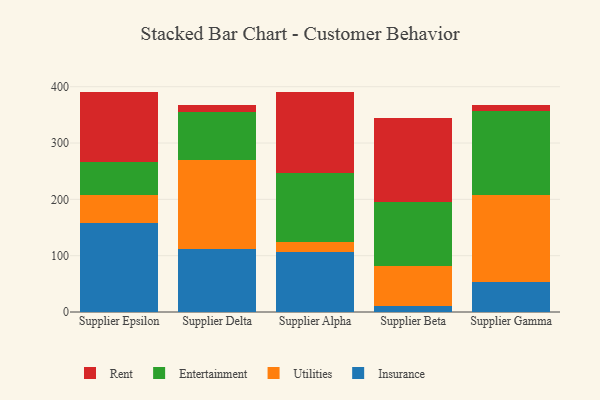
{"axis": {"x": "Supplier", "y": "Revenue (USD Million)"}, "legend": ["Entertainment", "Insurance", "Rent", "Utilities"], "data": [{"x": "Supplier Epsilon", "y": 158.0, "type": "Insurance"}, {"x": "Supplier Epsilon", "y": 49.2, "type": "Utilities"}, {"x": "Supplier Epsilon", "y": 59.5, "type": "Entertainment"}, {"x": "Supplier Epsilon", "y": 123.5, "type": "Rent"}, {"x": "Supplier Delta", "y": 112.3, "type": "Insurance"}, {"x": "Supplier Delta", "y": 157.8, "type": "Utilities"}, {"x": "Supplier Delta", "y": 85.1, "type": "Entertainment"}, {"x": "Supplier Delta", "y": 11.7, "type": "Rent"}, {"x": "Supplier Alpha", "y": 105.7, "type": "Insurance"}, {"x": "Supplier Alpha", "y": 19.3, "type": "Utilities"}, {"x": "Supplier Alpha", "y": 122.3, "type": "Entertainment"}, {"x": "Supplier Alpha", "y": 144.0, "type": "Rent"}, {"x": "Supplier Beta", "y": 10.6, "type": "Insurance"}, {"x": "Supplier Beta", "y": 71.9, "type": "Utilities"}, {"x": "Supplier Beta", "y": 112.3, "type": "Entertainment"}, {"x": "Supplier Beta", "y": 149.6, "type": "Rent"}, {"x": "Supplier Gamma", "y": 52.8, "type": "Insurance"}, {"x": "Supplier Gamma", "y": 154.2, "type": "Utilities"}, {"x": "Supplier Gamma", "y": 149.8, "type": "Entertainment"}, {"x": "Supplier Gamma", "y": 11.4, "type": "Rent"}]}